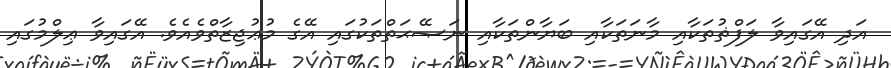
އަދި އޭގައިވާ ލަފްޡުތަކާއި މާނަތަކާއި ބަޔާންތަކާއި ނަޞޭޙަތްތަކުގައި އޭގެ މުޢުޖިޒާތްވެއެވެ. އޭގައިވާ ޢިލްމުގައި